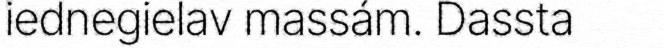
iednegielav massám. Dassta